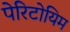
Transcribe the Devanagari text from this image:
पेरिटोयिम